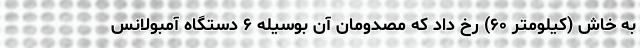
به خاش (کیلومتر ۶۰) رخ داد که مصدومان آن بوسیله ۶ دستگاه آمبولانس